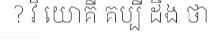
? វិ យោគី គប្បី ដឹង ថា